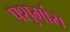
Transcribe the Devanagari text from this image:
पशुमांस